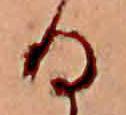
る